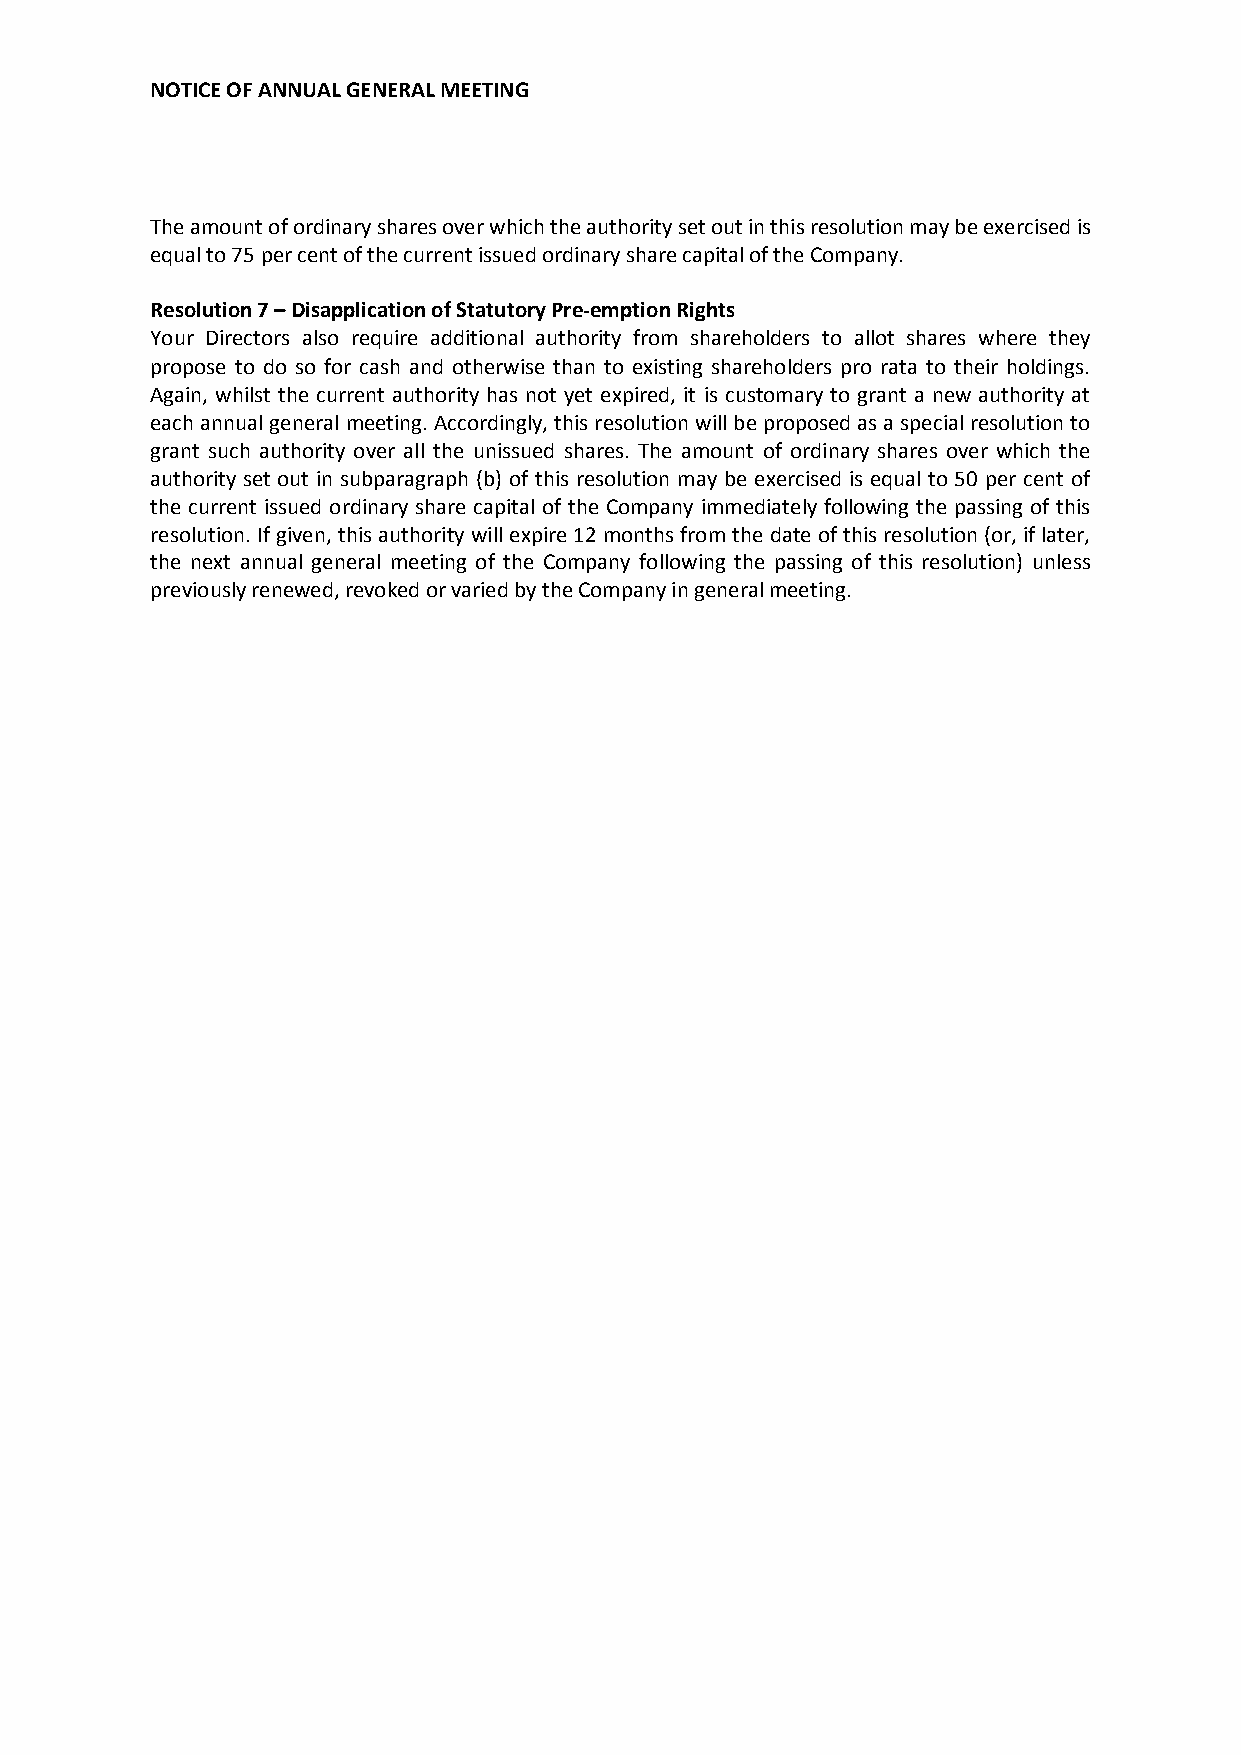
NOTICE OF ANNUAL GENERAL MEETING
 The amount of ordinary shares over which the authority set out in this resolution may be exercised is
 equal to 75 per cent of the current issued ordinary share capital of the Company.
 Resolution 7 – Disapplication of Statutory Pre-emption Rights
 Your Directors also require additional authority from shareholders to allot shares where they
 propose to do so for cash and otherwise than to existing shareholders pro rata to their holdings.
 Again, whilst the current authority has not yet expired, it is customary to grant a new authority at
 each annual general meeting. Accordingly, this resolution will be proposed as a special resolution to
 grant such authority over all the unissued shares. The amount of ordinary shares over which the
 authority set out in subparagraph (b) of this resolution may be exercised is equal to 50 per cent of
 the current issued ordinary share capital of the Company immediately following the passing of this
 resolution. If given, this authority will expire 12 months from the date of this resolution (or, if later,
 the next annual general meeting of the Company following the passing of this resolution) unless
 previously renewed, revoked or varied by the Company in general meeting.